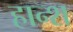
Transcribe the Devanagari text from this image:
हान्श